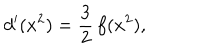
LaTeX: d ^ { \prime } ( x ^ { 2 } ) = { \frac { 3 } { 2 } } \, f ( x ^ { 2 } ) ,